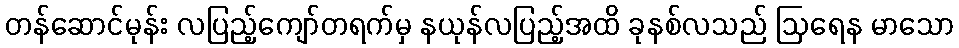
တန်ဆောင်မုန်း လပြည့်ကျော်တရက်မှ နယုန်လပြည့်အထိ ခုနစ်လသည် ဩရေန မာသော